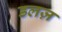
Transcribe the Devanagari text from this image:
डलज़